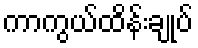
ကာကွယ်ထိန်းချုပ်